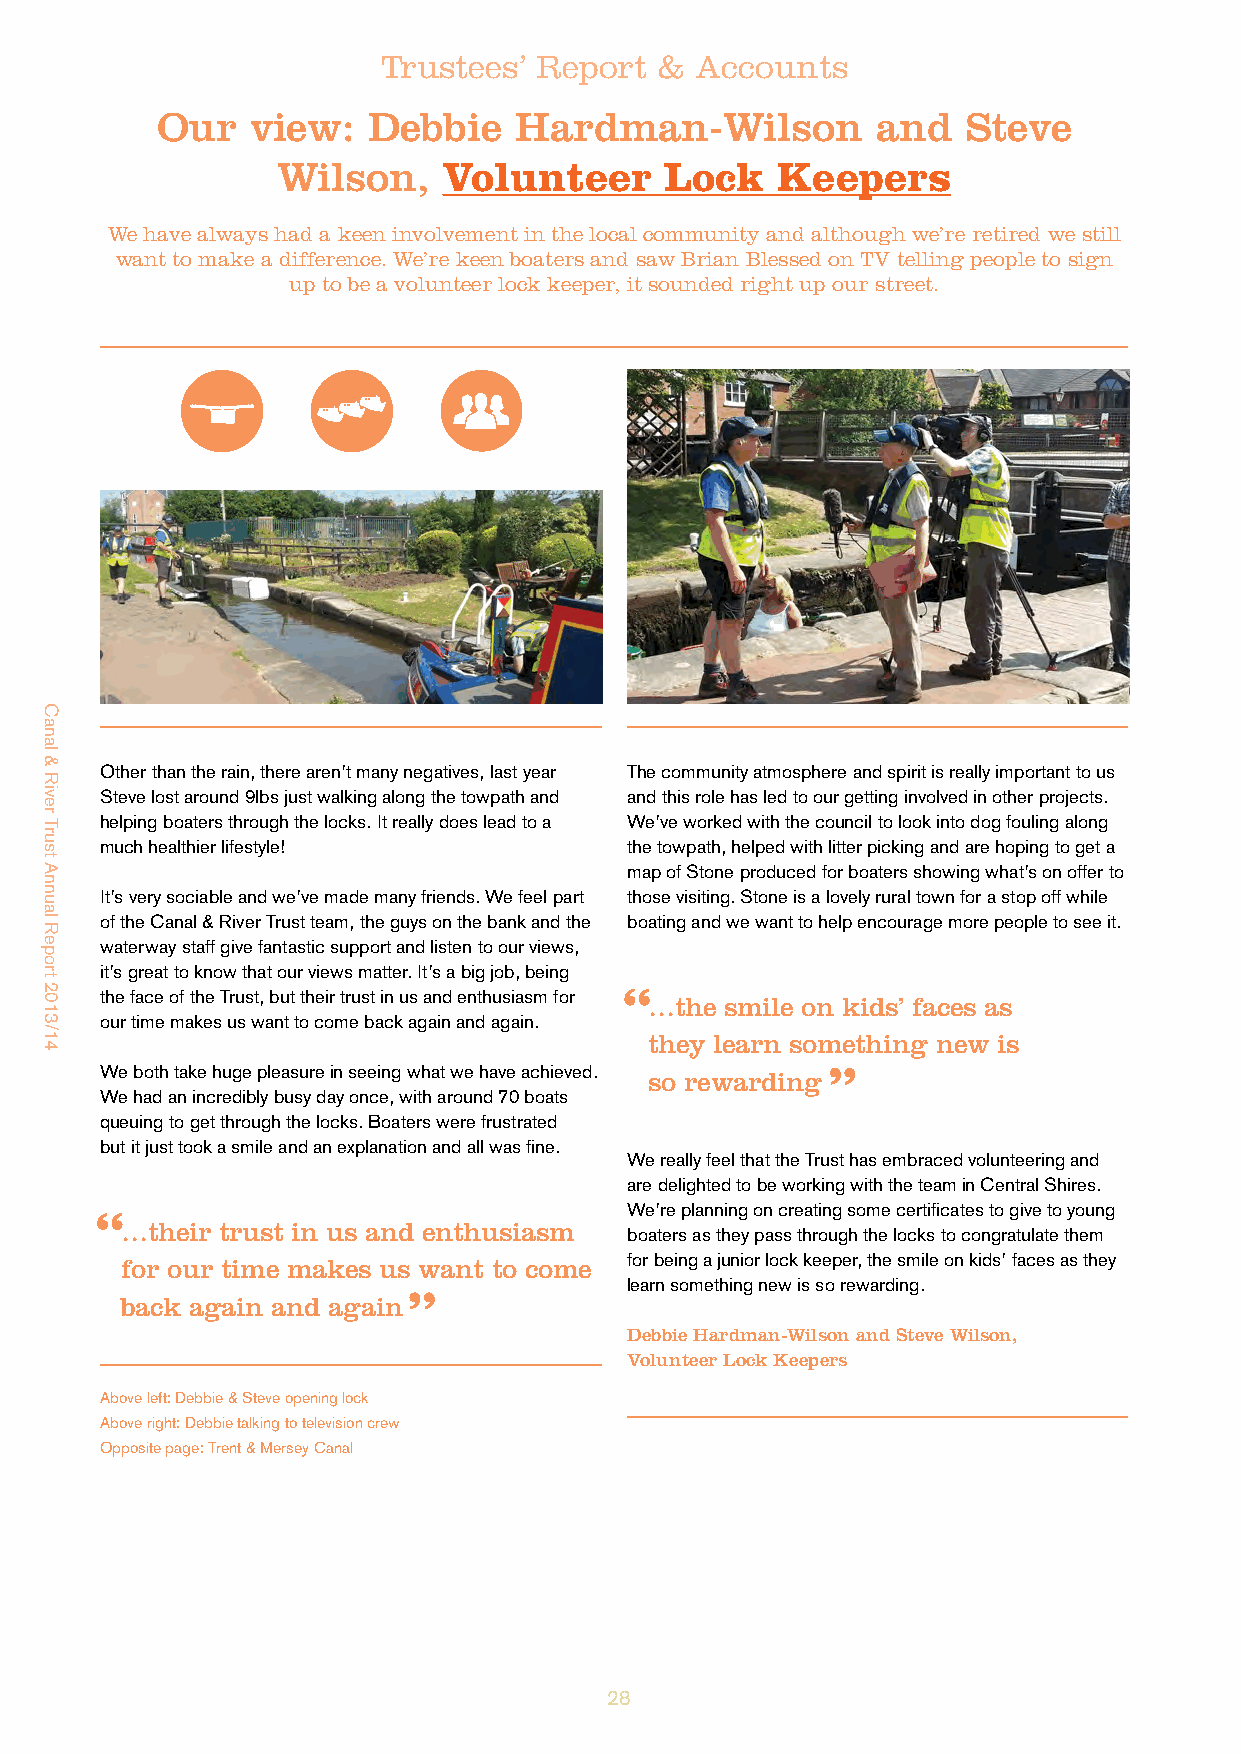
Trustees’  Report  & Accounts
 Our    view:  Debbie    Hardman-Wilson          and   Steve
 Wilson,    Volunteer      Lock   Keepers
 We have always had a keen involvement in the local community and although we’re retired we still
 want to make a difference. We’re keen boaters and saw Brian Blessed on TV telling people to sign
 up to be a volunteer lock keeper, it sounded right up our street.
 Other than the rain, there aren’t many negatives, last year The community atmosphere and spirit is really important to us
 Steve lost around 9lbs just walking along the towpath and and this role has led to our getting involved in other projects.
 helping boaters through the locks. It really does lead to a We’ve worked with the council to look into dog fouling along
 much healthier lifestyle!         the towpath, helped with litter picking and are hoping to get a
 map of Stone produced for boaters showing what’s on offer to
 It’s very sociable and we’ve made many friends. We feel part those visiting. Stone is a lovely rural town for a stop off while
 of the Canal & River Trust team, the guys on the bank and the boating and we want to help encourage more people to see it.
 waterway staff give fantastic support and listen to our views,
 it’s great to know that our views matter. It’s a big job, being
 the face of the Trust, but their trust in us and enthusiasm for ‘‘
 …the smile on kids’ faces as
 our time makes us want to come back again and again.
 ‘‘
 they learn something new is
 We both take huge pleasure in seeing what we have achieved.
 so rewarding
 We had an incredibly busy day once, with around 70 boats
 queuing to get through the locks. Boaters were frustrated
 but it just took a smile and an explanation and all was fine.
 We really feel that the Trust has embraced volunteering and
 are delighted to be working with the team in Central Shires.
 We’re planning on creating some certificates to give to young
 ‘‘
 …their trust in us and enthusiasm boaters as they pass through the locks to congratulate them
 ‘‘            for being a junior lock keeper, the smile on kids’ faces as they
 for our time makes us want to come
 learn something new is so rewarding.
 back again and again
 Debbie Hardman-Wilson and Steve Wilson,
 Volunteer Lock Keepers
 Above left: Debbie & Steve opening lock
 Above right: Debbie talking to television crew
 Opposite page: Trent & Mersey Canal
 28
 Canal
 &
 River
 Trust
 Annual
 Report
 2013/14